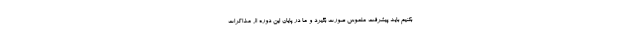
بکنیم باید پیشرفت ملموس صورت بگیرد و ما در پایان این دوره از مذاکرات